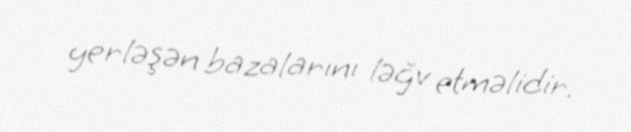
yerləşən bazalarını ləğv etməlidir.